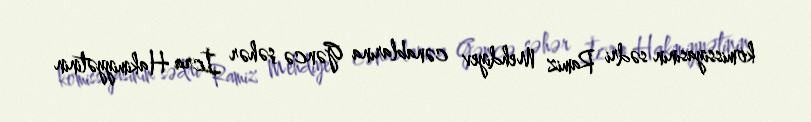
komissiyasının sədri Ramiz Mehdiyev cənablarına Gəncə şəhər İcra Hakimiyyətinin